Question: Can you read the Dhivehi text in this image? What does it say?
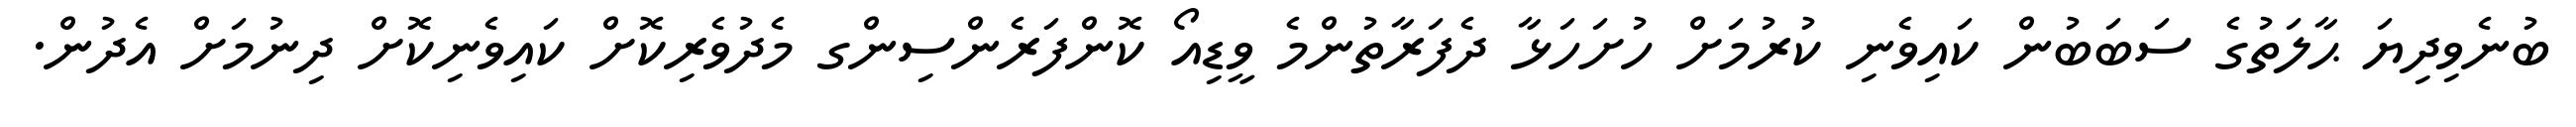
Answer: ބުނެވިދިޔަ ޙާލަތުގެ ސަބަބުން ކައިވެނި ކުރުމަށް ހުށަހަޅާ ދެފަރާތުންމެ ވީޑިއޯ ކޮންފަރެންސިންގ މެދުވެރިކޮށް ކައިވެނިކޮށް ދިނުމަށް އެދުން.